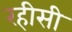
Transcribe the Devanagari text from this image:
रहीसी